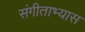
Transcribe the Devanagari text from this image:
संगीताभ्यास